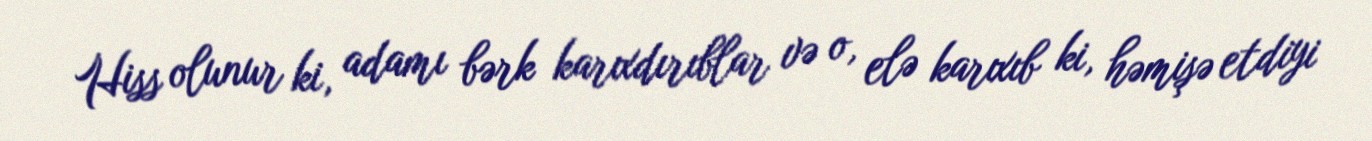
Hiss olunur ki, adamı bərk karıxdırıblar və o, elə karıxıb ki, həmişə etdiyi